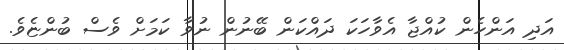
އަދި އަންހެން ކުއްޖާ އެވާހަކަ ދައްކަން ބޭނުން ނުވާ ކަމަށް ވެސް ބުންޏެވެ.